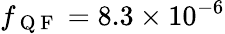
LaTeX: f_{\mathrm{~Q~F~}}=8.3\times 10^{-6}